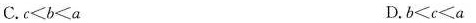
C.$$c < b < a$$ D.$$b < c < a